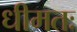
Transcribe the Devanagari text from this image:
धीमतः